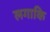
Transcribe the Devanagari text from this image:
लगाकि